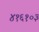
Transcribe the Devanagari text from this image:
४१६१०३